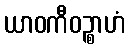
ယာဝကီဝဉ္စာဟံ